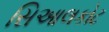
સિઆલકોટ